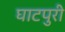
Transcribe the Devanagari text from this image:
घाटपुरी